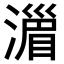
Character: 𣽪